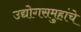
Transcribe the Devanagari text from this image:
उद्योगसमुहांचे